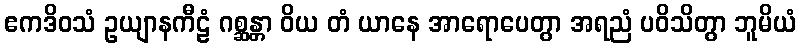
ဧကဒိဝသံ ဥယျာနကီဠံ ဂစ္ဆန္တာ ဝိယ တံ ယာနေ အာရောပေတွာ အရညံ ပဝိသိတွာ ဘူမိယံ